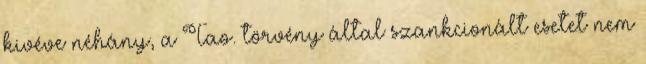
kivéve néhány, a Tao. törvény által szankcionált esetet nem